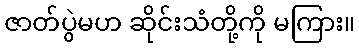
ဇာတ်ပွဲမဟ ဆိုင်းသံတို့ကို မကြား။